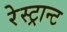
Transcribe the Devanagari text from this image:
रेस्ट्रान्ट